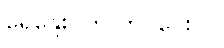
ရေနွေးပတ် တင်ပေးပါ။